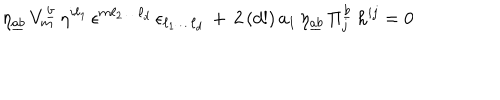
\eta _ { \underline { { { a b } } } } \, V _ { m } ^ { \underline { { { b } } } } \, \eta ^ { i \ell _ { 1 } } \, \epsilon ^ { m \ell _ { 2 } \dots \ell _ { d } } \, \epsilon _ { \ell _ { 1 } \dots \ell _ { d } } \, + \, 2 \, ( d ! ) \, a _ { 1 } \, \eta _ { \underline { { { a b } } } } \, \Pi _ { j } ^ { \underline { { { b } } } } \, h ^ { i j } = 0